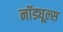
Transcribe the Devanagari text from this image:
नॉड्यूल्स